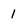
Character: 1